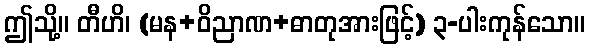
ဤသို့။ တီဟိ၊ (မန+ဝိညာဏ+ဓာတုအားဖြင့်) ၃-ပါးကုန်သော။